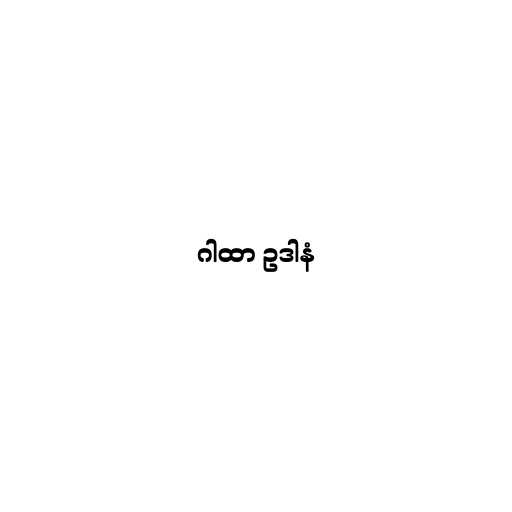
ဂါထာ ဥဒါနံ